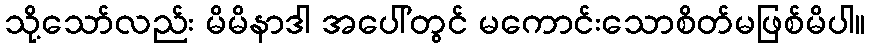
သို့သော်လည်း မိမိနာဒါ အပေါ်တွင် မကောင်းသောစိတ်မဖြစ်မိပါ။